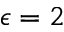
\epsilon = 2